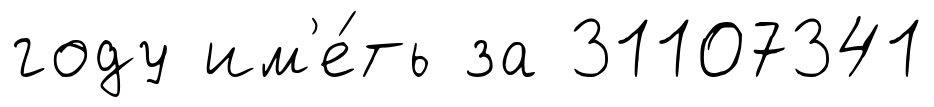
году им'е́ть за 31107341